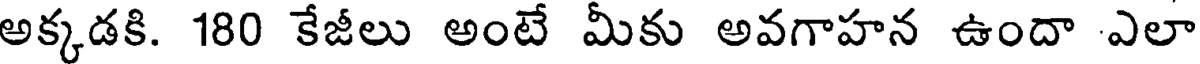
అక్కడకి. 180 కేజీలు అంటే మీకు అవగాహన ఉందా ఎలా